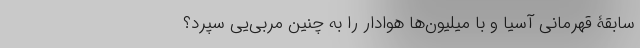
سابقۀ قهرمانی آسیا و با میلیون‌ها هوادار را به چنین مربی‌یی‌ سپرد؟